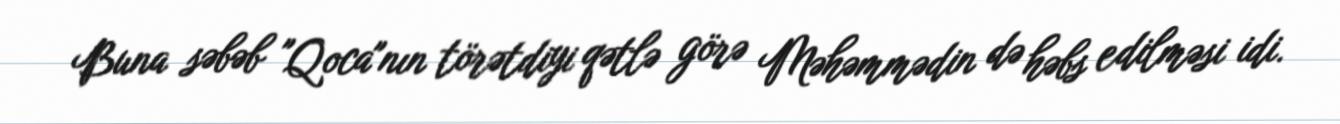
Buna səbəb "Qoca"nın törətdiyi qətlə görə Məhəmmədin də həbs edilməsi idi.